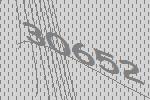
30652